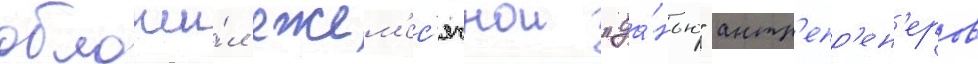
обложи́л ежем'ес'ячнои "да́нью" антр'епр'ен'еров